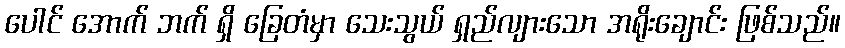
ပေါင် အောက် ဘက် ရှိ ခြေတံမှာ သေးသွယ် ရှည်လျားသော အရိုးချောင်း ဖြစ်သည်။